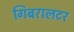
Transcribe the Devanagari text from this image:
गिबरालटर